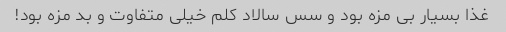
غذا بسیار بى مزه بود و سس سالاد کلم خیلى متفاوت و بد مزه بود!